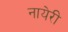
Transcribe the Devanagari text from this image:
नायेरी